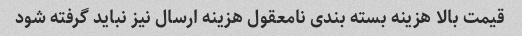
قیمت بالا هزینه بسته بندی نامعقول هزینه ارسال نیز نباید گرفته شود